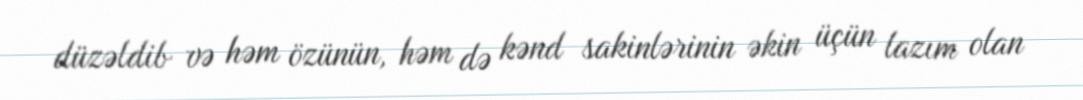
düzəldib və həm özünün, həm də kənd sakinlərinin əkin üçün lazım olan